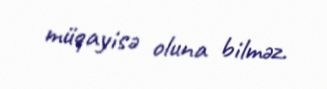
müqayisə oluna bilməz.